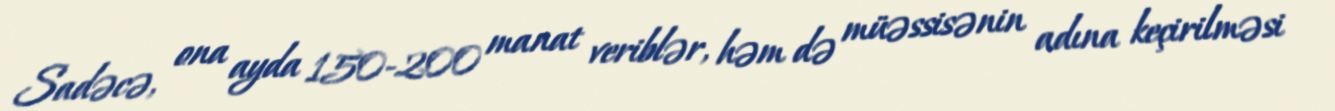
Sadəcə, ona ayda 150-200 manat veriblər, həm də müəssisənin adına keçirilməsi